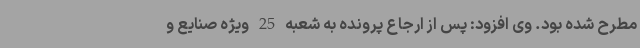
مطرح شده بود. وی افزود: پس از ارجاع پرونده به شعبه 25 ویژه صنایع و